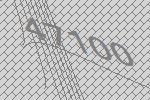
47100